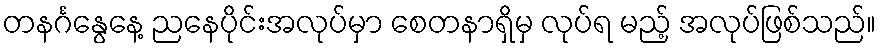
တနင်္ဂနွေနေ့ ညနေပိုင်းအလုပ်မှာ စေတနာရှိမှ လုပ်ရ မည့် အလုပ်ဖြစ်သည်။